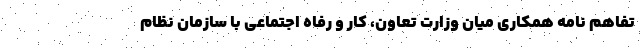
تفاهم نامه همکاری میان وزارت تعاون، کار و رفاه اجتماعی با سازمان نظام